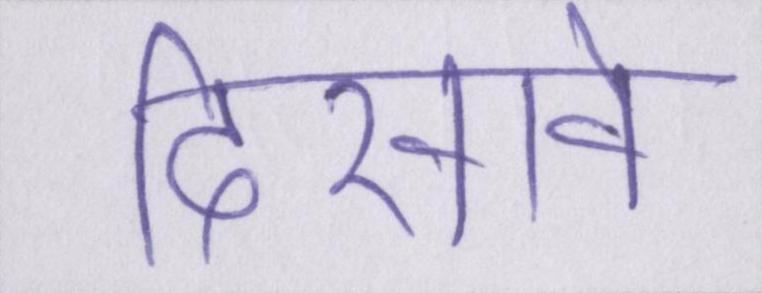
दिखावे